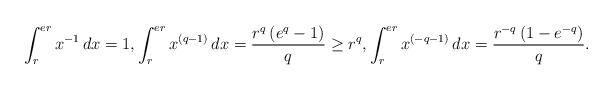
LaTeX: \begin{align*}& \int^{ er }_r x^{-1} \, dx = 1 , \int^{ er }_r x^{ ( q - 1 ) } \, dx = \frac{ r^q \, ( e^q - 1 ) }{ q }\geq r^q, \int^{ er }_r x^{ ( - q - 1 ) } \, dx = \frac{ r^{ - q } \, ( 1 - e^{-q} ) }{ q } .\end{align*}